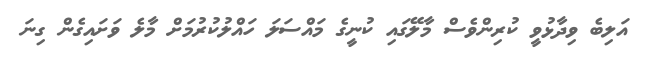
އަލިބެ ވިދާޅުވީ ކުރިންވެސް މާލޭގައި ކުނީގެ މައްސަލަ ހައްލުކުރުމަށް މާލެ ވަށައިގެން ގިނަ